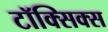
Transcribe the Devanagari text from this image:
टॉक्सिक्स